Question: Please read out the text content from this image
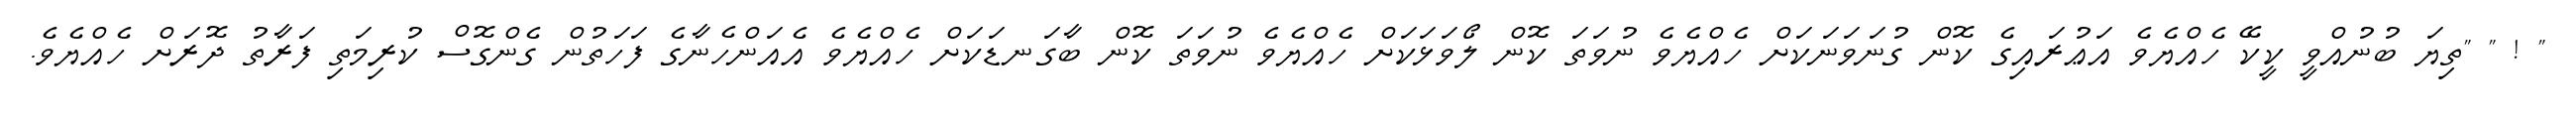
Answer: " ! " "ތިޔަ ބުނުއްވީ ކީކޭ ހެއްޔެވެ އަޢުރައިގެ ކޮން ގުނަވަނަކަށް ހެއްޔެވެ ނުވަތަ ކޮން ލޯވަޅަކަށް ހެއްޔެވެ ނުވަތަ ކޮން ބާގަނޑަކަށް ހެއްޔެވެ އެއަންހެނާގެ ފަހަތުން ގެންގޮސް ކުރިމަތި ފަރާތު ދޮރަށް ހެއްޔެވެ.